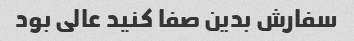
سفارش بدین صفا کنید عالی بود